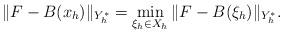
LaTeX: \begin{align*} \Vert F -B(x_h)\Vert_{Y_h^*} = \min_{\xi_h \in X_h} \Vert F- B(\xi_h)\Vert_{Y_h^*}.\end{align*}